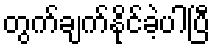
တွက်ချက်နိုင်ခဲ့ပါပြီ